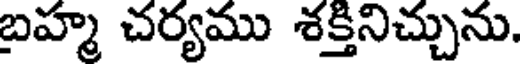
బహ్మ చర్యము శక్తినిచ్చును.